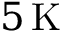
5 \, \mathrm { K }